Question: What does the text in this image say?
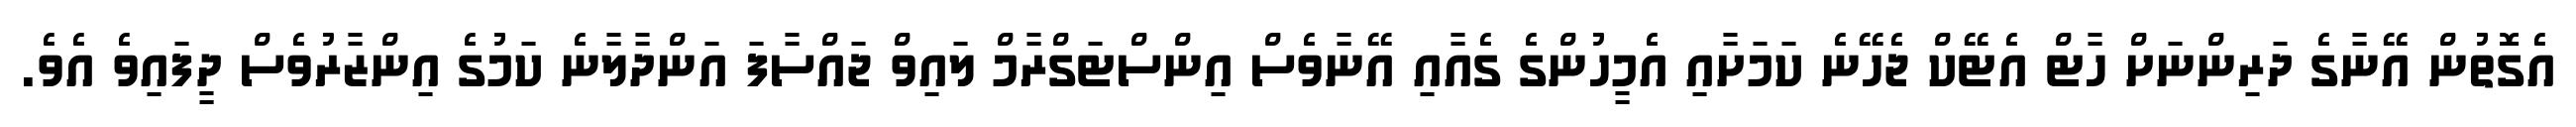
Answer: އެގޮތުން އޭނާގެ ދަރިންނަށް ހާޓް އެޓޭކް ޖެހޭނެ ކަމަށާއި އެމީހުންގެ ގެއާއި އޭނާވެސް އިންސްޓަގްރާމް ލައިވް ޖައްސާފަ އަންދާލާނެ ކަމުގެ އިންޒާރުވެސް ދީފައިވެ އެވެ.